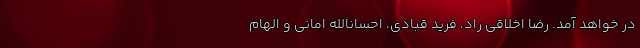
در خواهد آمد. رضا اخلاقی راد، فرید قبادی، احسانالله امانی و الهام